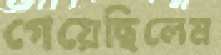
গেয়েছিলেম